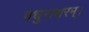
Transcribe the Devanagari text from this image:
मधुराक्षरम्‌।